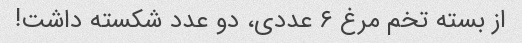
از بسته تخم مرغ ۶ عددی، دو عدد شکسته داشت!